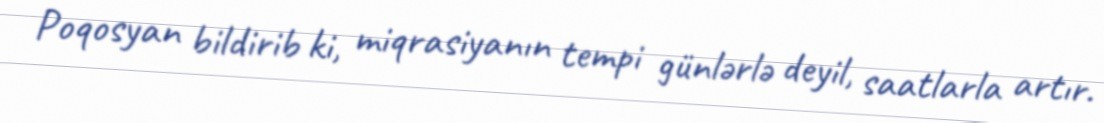
Poqosyan bildirib ki, miqrasiyanın tempi günlərlə deyil, saatlarla artır.